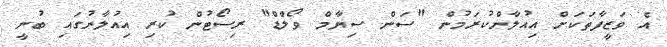
އެ ވަޒީފާތަކަށް އިއުލާންކުރަމުން "ސަން ސިޔާމް ވޯލްޑް" ރިސޯޓުން ކުރި އިއުލާނުގައި ބުނީ